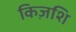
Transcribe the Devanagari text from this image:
किज़शि